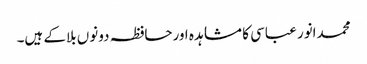
محمدانور عباسی کا مشاہدہ اورحافظہ دونوں بلاکے ہیں۔